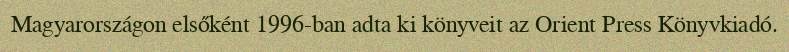
Magyarországon elsőként 1996-ban adta ki könyveit az Orient Press Könyvkiadó.